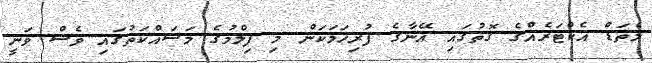
މެތަޑް އެކްޓަރެއްގެ ގޮތުގައި އޭނާގެ ފުރިހަމަކަން މި ފިލްމުގެ މަސައްކަތުގައި ވެސް ވަނީ